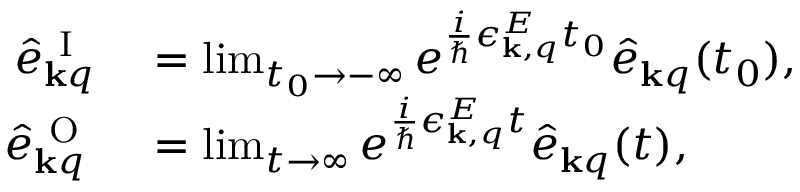
\begin{array} { r l } { \hat { e } _ { { \bf k } q } ^ { \mathrm { ~ I ~ } } } & { { } = \operatorname* { l i m } _ { t _ { 0 } \rightarrow - \infty } e ^ { \frac { i } { \hbar } \epsilon _ { { \bf k } , q } ^ { E } t _ { 0 } } \hat { e } _ { { \bf k } q } ( t _ { 0 } ) , } \\ { \hat { e } _ { { \bf k } q } ^ { \mathrm { ~ O ~ } } } & { { } = \operatorname* { l i m } _ { t \rightarrow \infty } e ^ { \frac { i } { \hbar } \epsilon _ { { \bf k } , q } ^ { E } t } \hat { e } _ { { \bf k } q } ( t ) , } \end{array}